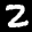
Label: 2